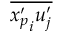
\overline { { { x _ { p } ^ { \prime } } _ { i } u _ { j } ^ { \prime } } }